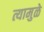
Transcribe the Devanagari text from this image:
त्यामुळे